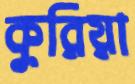
কুরিয়া